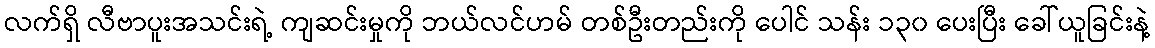
လက်ရှိ လီဗာပူးအသင်းရဲ့ ကျဆင်းမှုကို ဘယ်လင်ဟမ် တစ်ဦးတည်းကို ပေါင် သန်း ၁၃၀ ပေးပြီး ခေါ်ယူခြင်းနဲ့